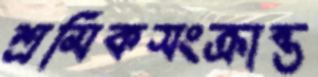
শ্রমিকসংক্রান্ত